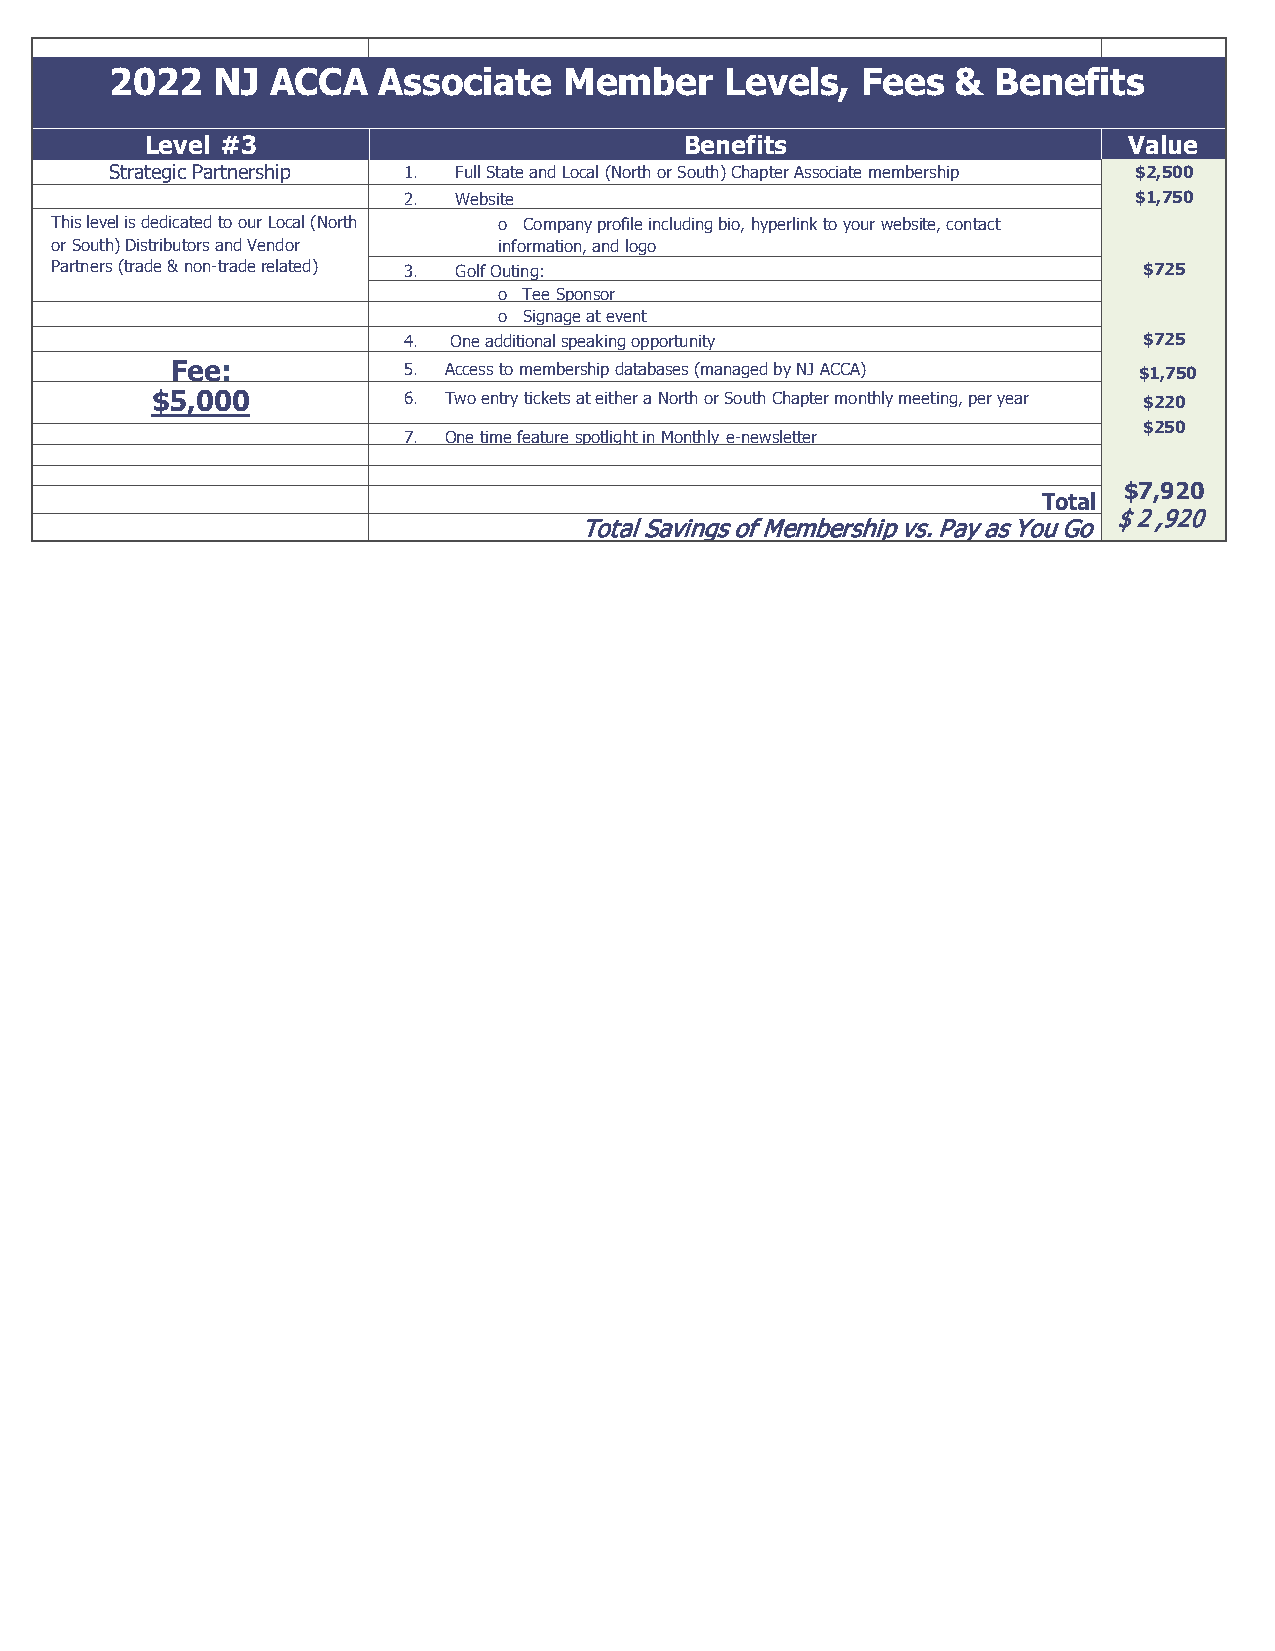
2022   NJ  ACCA   Associate   Member     Levels,  Fees  &  Benefits
 Level #3                           Benefits                      Value
 Strategic Partnership 1. Full State and Local (North or South) Chapter Associate membership $2,500
 2. Website                                      $1,750
 This level is dedicated to our Local (North o Company profile including bio, hyperlink to your website, contact
 or South) Distributors and Vendor information, and logo
 Partners (trade & non-trade related) 3. Golf Outing:                     $725
 o Tee Sponsor
 o Signage at event
 4. One additional speaking opportunity           $725
 Fee:            5. Access to membership databases (managed by NJ ACCA) $1,750
 $5,000           6. Two entry tickets at either a North or South Chapter monthly meeting, per year $220
 7. One time feature spotlight in Monthly e-newsletter
 $250
 $7,920
 Total
 $ 2 ,920
 Total Savings of Membership vs. Pay as You Go